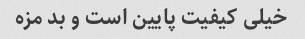
خیلی کیفیت پایین است و بد مزه